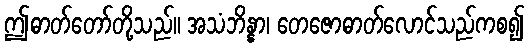
ဤဓာတ်တော်တို့သည်။ အသံဘိန္နာ၊ တေဇောဓာတ်လောင်သည်ကစ၍